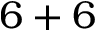
6 + 6